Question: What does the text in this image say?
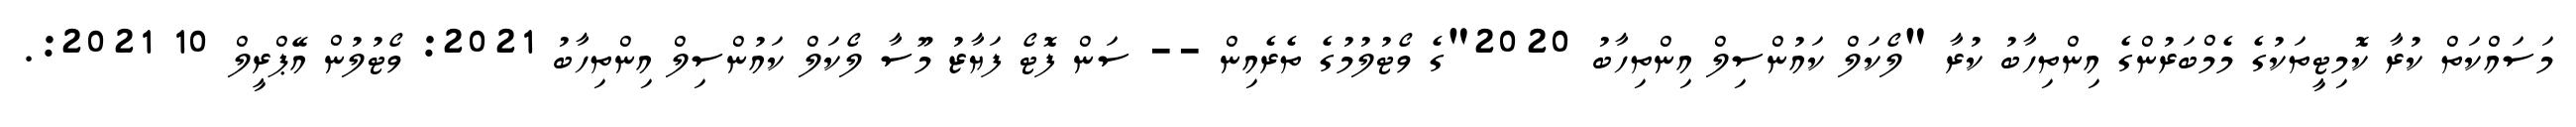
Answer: މަސައްކަތް ކުރާ ކޮމިޓީތަކުގެ މެމްބަރުންގެ އިންތިހާބު ކުރާ "ލޯކަލް ކައުންސިލް އިންތިހާބު 2020"ގެ ވޯޓުލުމުގެ ތެރެއިން -- ސަން ފޮޓޯ ފަޔާޒު މޫސާ ލޯކަލް ކައުންސިލް އިންތިހާބު 2021: ވޯޓުލުން އޭޕްރީލް 10 2021:.